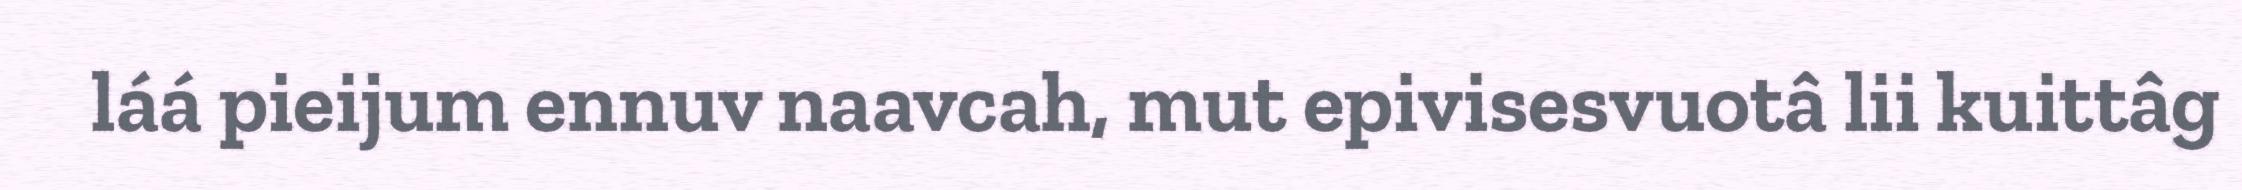
láá pieijum ennuv naavcah, mut epivisesvuotâ lii kuittâg